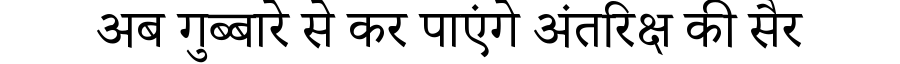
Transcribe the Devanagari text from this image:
अब गुब्बारे से कर पाएंगे अंतरिक्ष की सैर